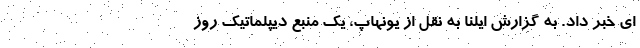
ای خبر داد. به گزارش ایلنا به نقل از یونهاپ، یک منبع دیپلماتیک روز